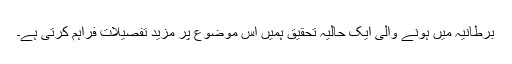
برطانیہ میں ہونے والی ایک حالیہ تحقیق ہمیں اس موضوع پر مزید تفصیلات فراہم کرتی ہے۔